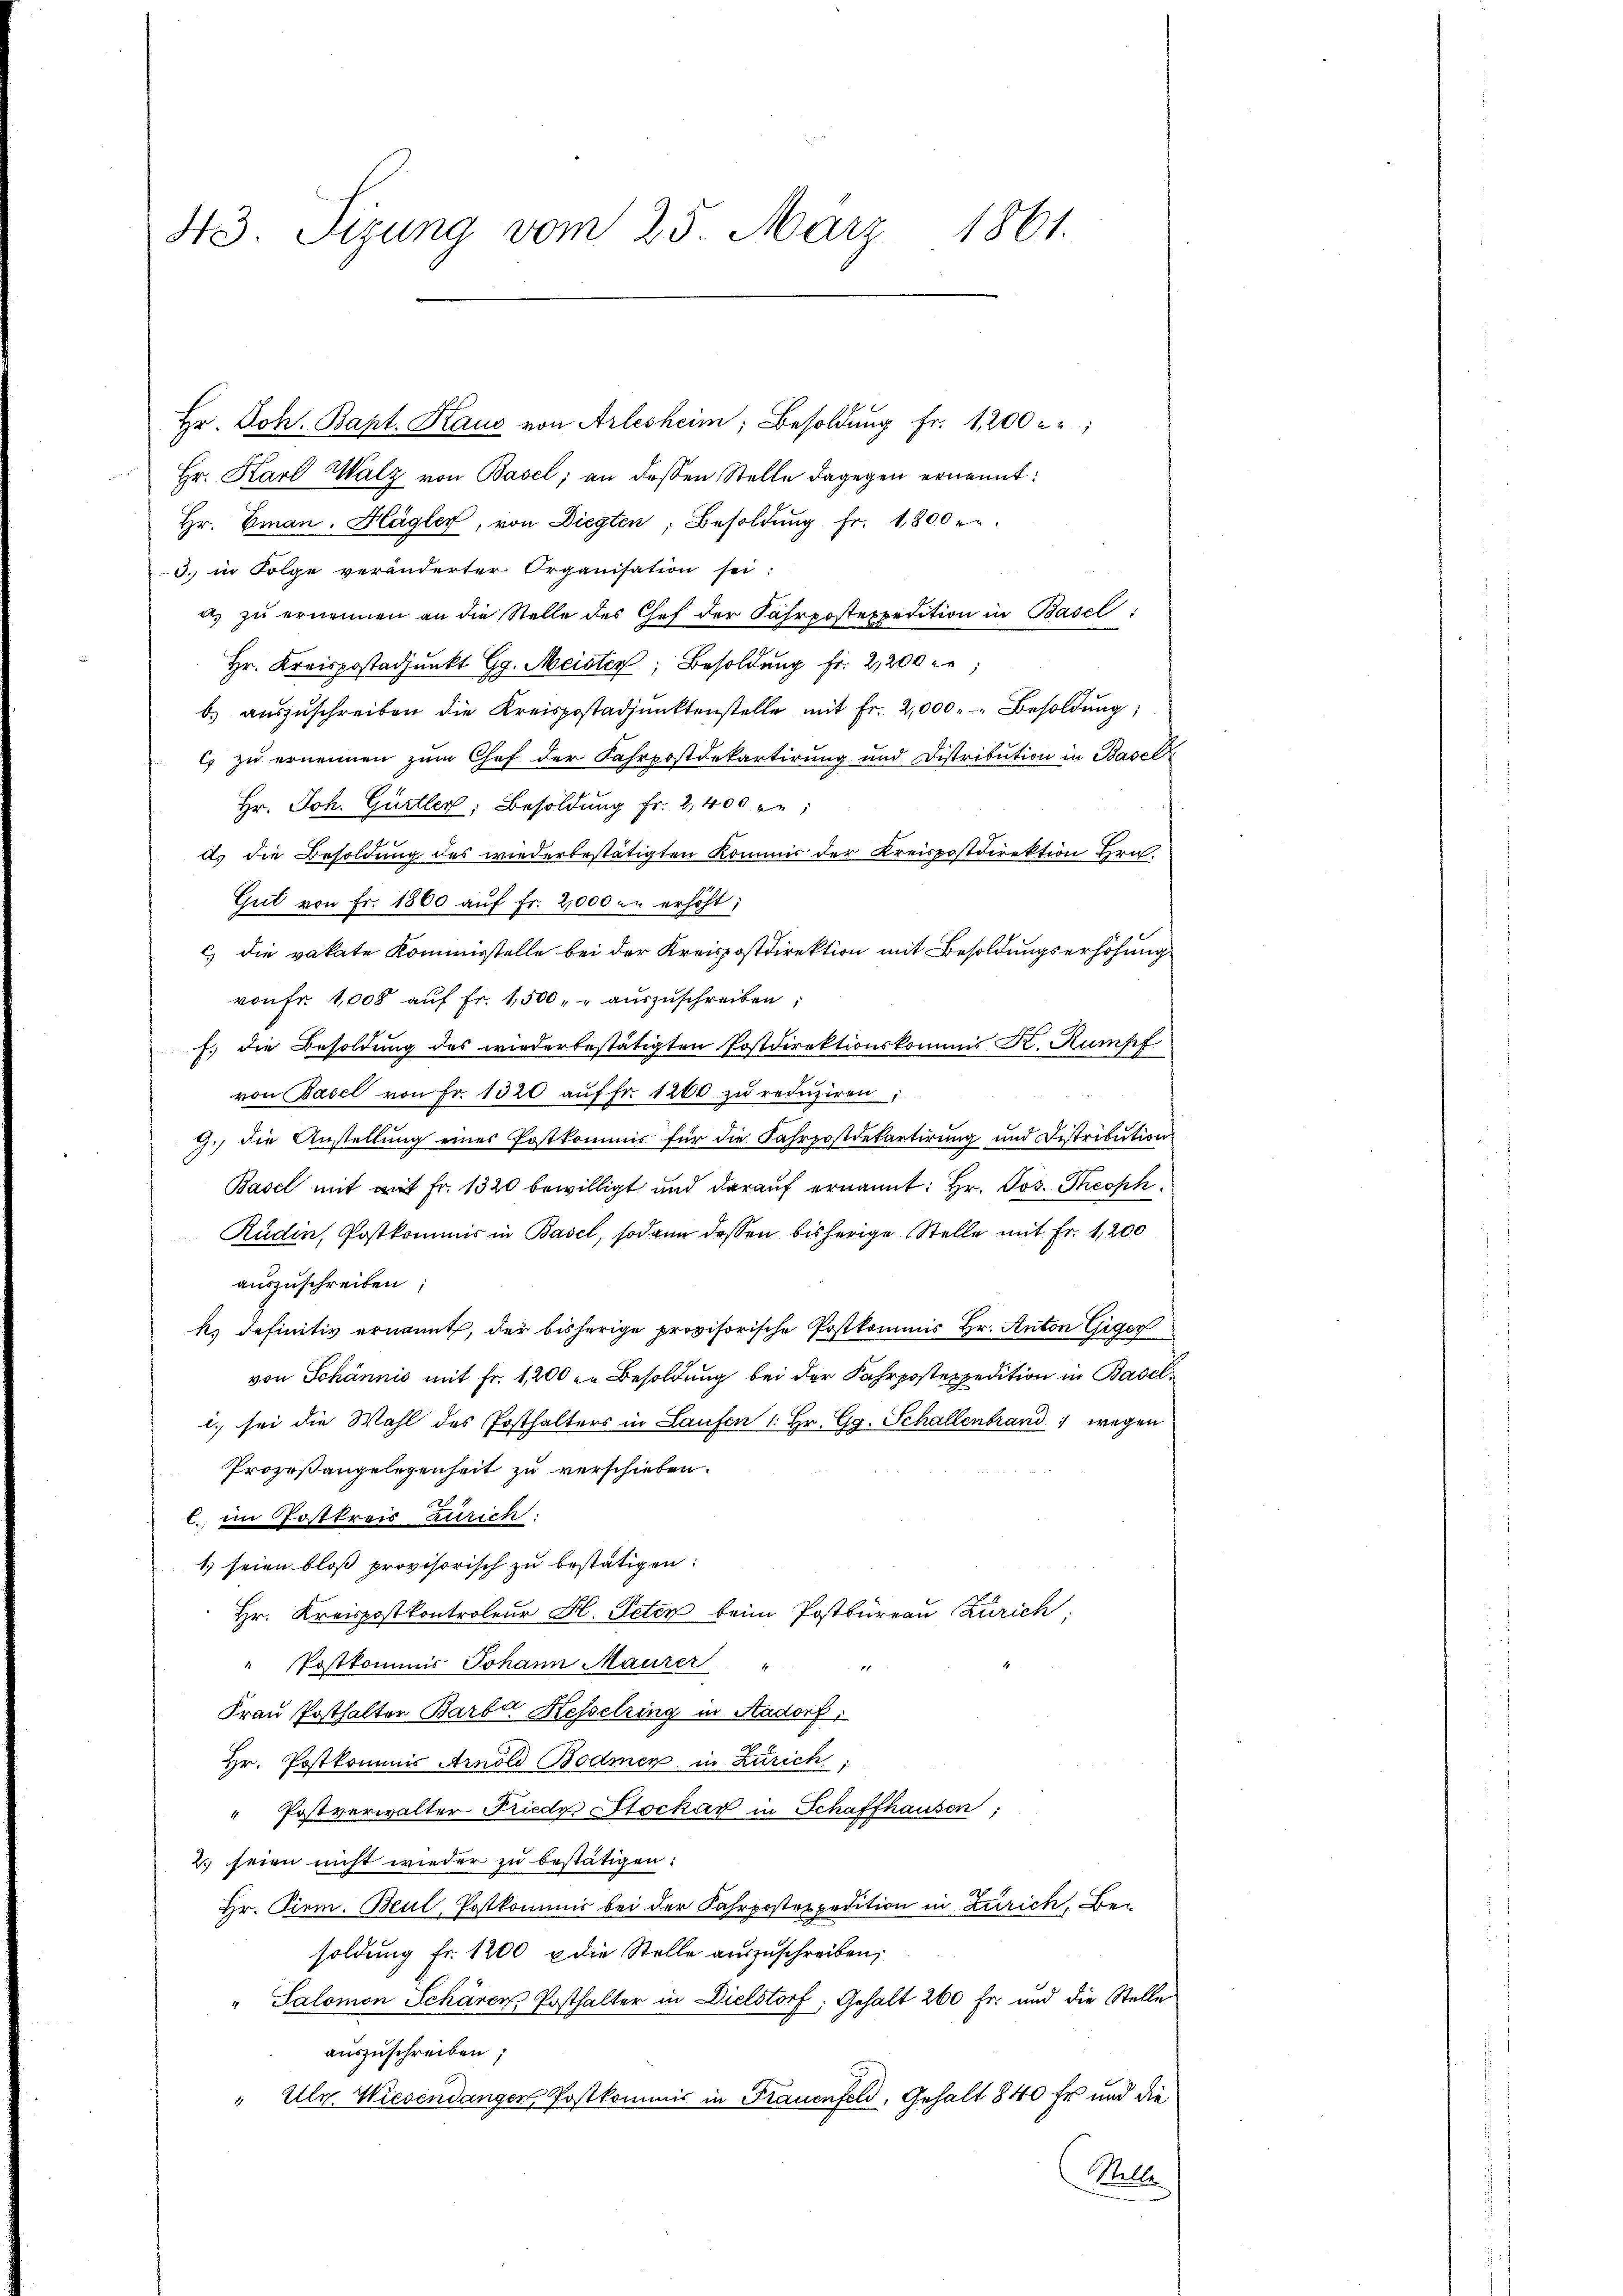
43 Sitzung vom 25. März 1861.

Hr. Joh. Bapt. Kaus von Arlesheim, Besoldŭng fr. 1200 u
Hr. Karl Walz von Basel; an dessen Stelle dagegen ernannt:
hr. Eman. Hagler, von Diegten, Besoldŭng fr. 1800 r.
3. in Folge veränderter Organisation sei:
a) zu ernennen an die Stelle des Chef der Fahrpostexpedition in Basel
Hr. Kreispostadjunkt Gg. Meister Besoldung fr. 2,200 l.
b. aŭszŭschreiben die Kreispostadjunktenstelle mit Fr. 2,000 Besoldŭng,
c zu ernennen zum Chef der Fahrpostdekartirung und Distribution in Basel
Hr. Joh. Gürtler, Besoldung fr. 2,400 re
ds die Besoldung des wiederbestätigten Kommis der Kreispostdirektion Hrn.
Grit von Fr. 1860 aŭf fr. 2,000 an erhöht:
c) die vakate Kommisstelle bei der Kreispostdirektion mit Besoldungserhöhung
von Fr. 1000 aŭf Fr. 1,500 " " auszuschreiben.
f. die Besoldung des wiederbestätigten Postdirektionskommis K. Rumpf
von Basel von Fr. 1320 aŭf fr. 1200 zŭ redŭziren;
g., die Anstellung eines Postkommis für die Fahrpostdepartirung und Distribution
Basel mit mit Fr. 1320 bewilligt und daraŭf ernannt: Hr. Pos. Theoph
Rudin, Postkommis in Basel, sodann dessen bisherige Stelle mit Fr. 1,200
auszuschreiben;
k. definitiv ernannt, der bisherige provisorische Postkommis Hr. Anton Giger
von Schännis mit Fr. 1200 an Besoldung bei der Fahrpostexpedition in Basel
l. sei die Wahl des Posthalters in Laufen 1. Hr. Gg. Schallenbrand wegen
Prozeßangelegenheit zu verschieben.
l. im Postkreis Zürich.
1.) seien bloß provisorisch zu bestätigen:
Hr. Kreispostkontroleur H. Peter beim Postbüreau Zürich
" Postkommis Johann Maurer
Frau Posthalter Barbar Kesselring in Aadorf,
Hr. Postkommis Arnold Bodmer in Zürich,
" Postverwalter Friedy Stockar in Schaffhausen,
2. Frien nicht wieder zu bestätigen:
Hr. Pirm. Beul, Postkommis bei der Fahrpostexpedition in Zürich, Besoldung fr. 1200 u die Stelle aŭszŭschreiben,
" Salomon Schärer Posthalter in Dielstorf, Gehalt 200 Fr. und die Stelle
auszuschreiben;
" Uly. Wiesendangen Postkommis in Frauenfeld, Gehalt 840 Er und die
Walle